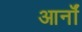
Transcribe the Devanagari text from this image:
आर्नॉ